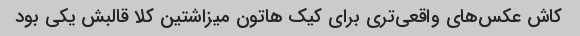
کاش عکس‌های واقعی‌تری برای کیک هاتون میزاشتین کلا قالبش یکی بود